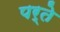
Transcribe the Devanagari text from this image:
पर्ते